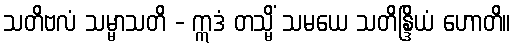
သတိဗလံ သမ္မာသတိ - ဣဒံ တသ္မိံ သမယေ သတိန္ဒြိယံ ဟောတိ။